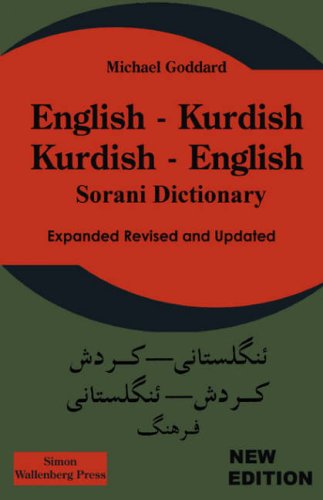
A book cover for English Kurdish - Kurdish English - Sorani Dictionary; M. Goddard; Travel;